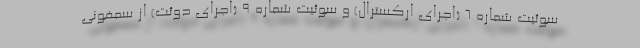
سوئیت شماره 6 (اجرای ارکسترال) و سوئیت شماره 9 (اجرای دوئت) از سمفونی